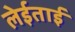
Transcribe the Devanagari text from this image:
लेईताई